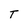
Character: T